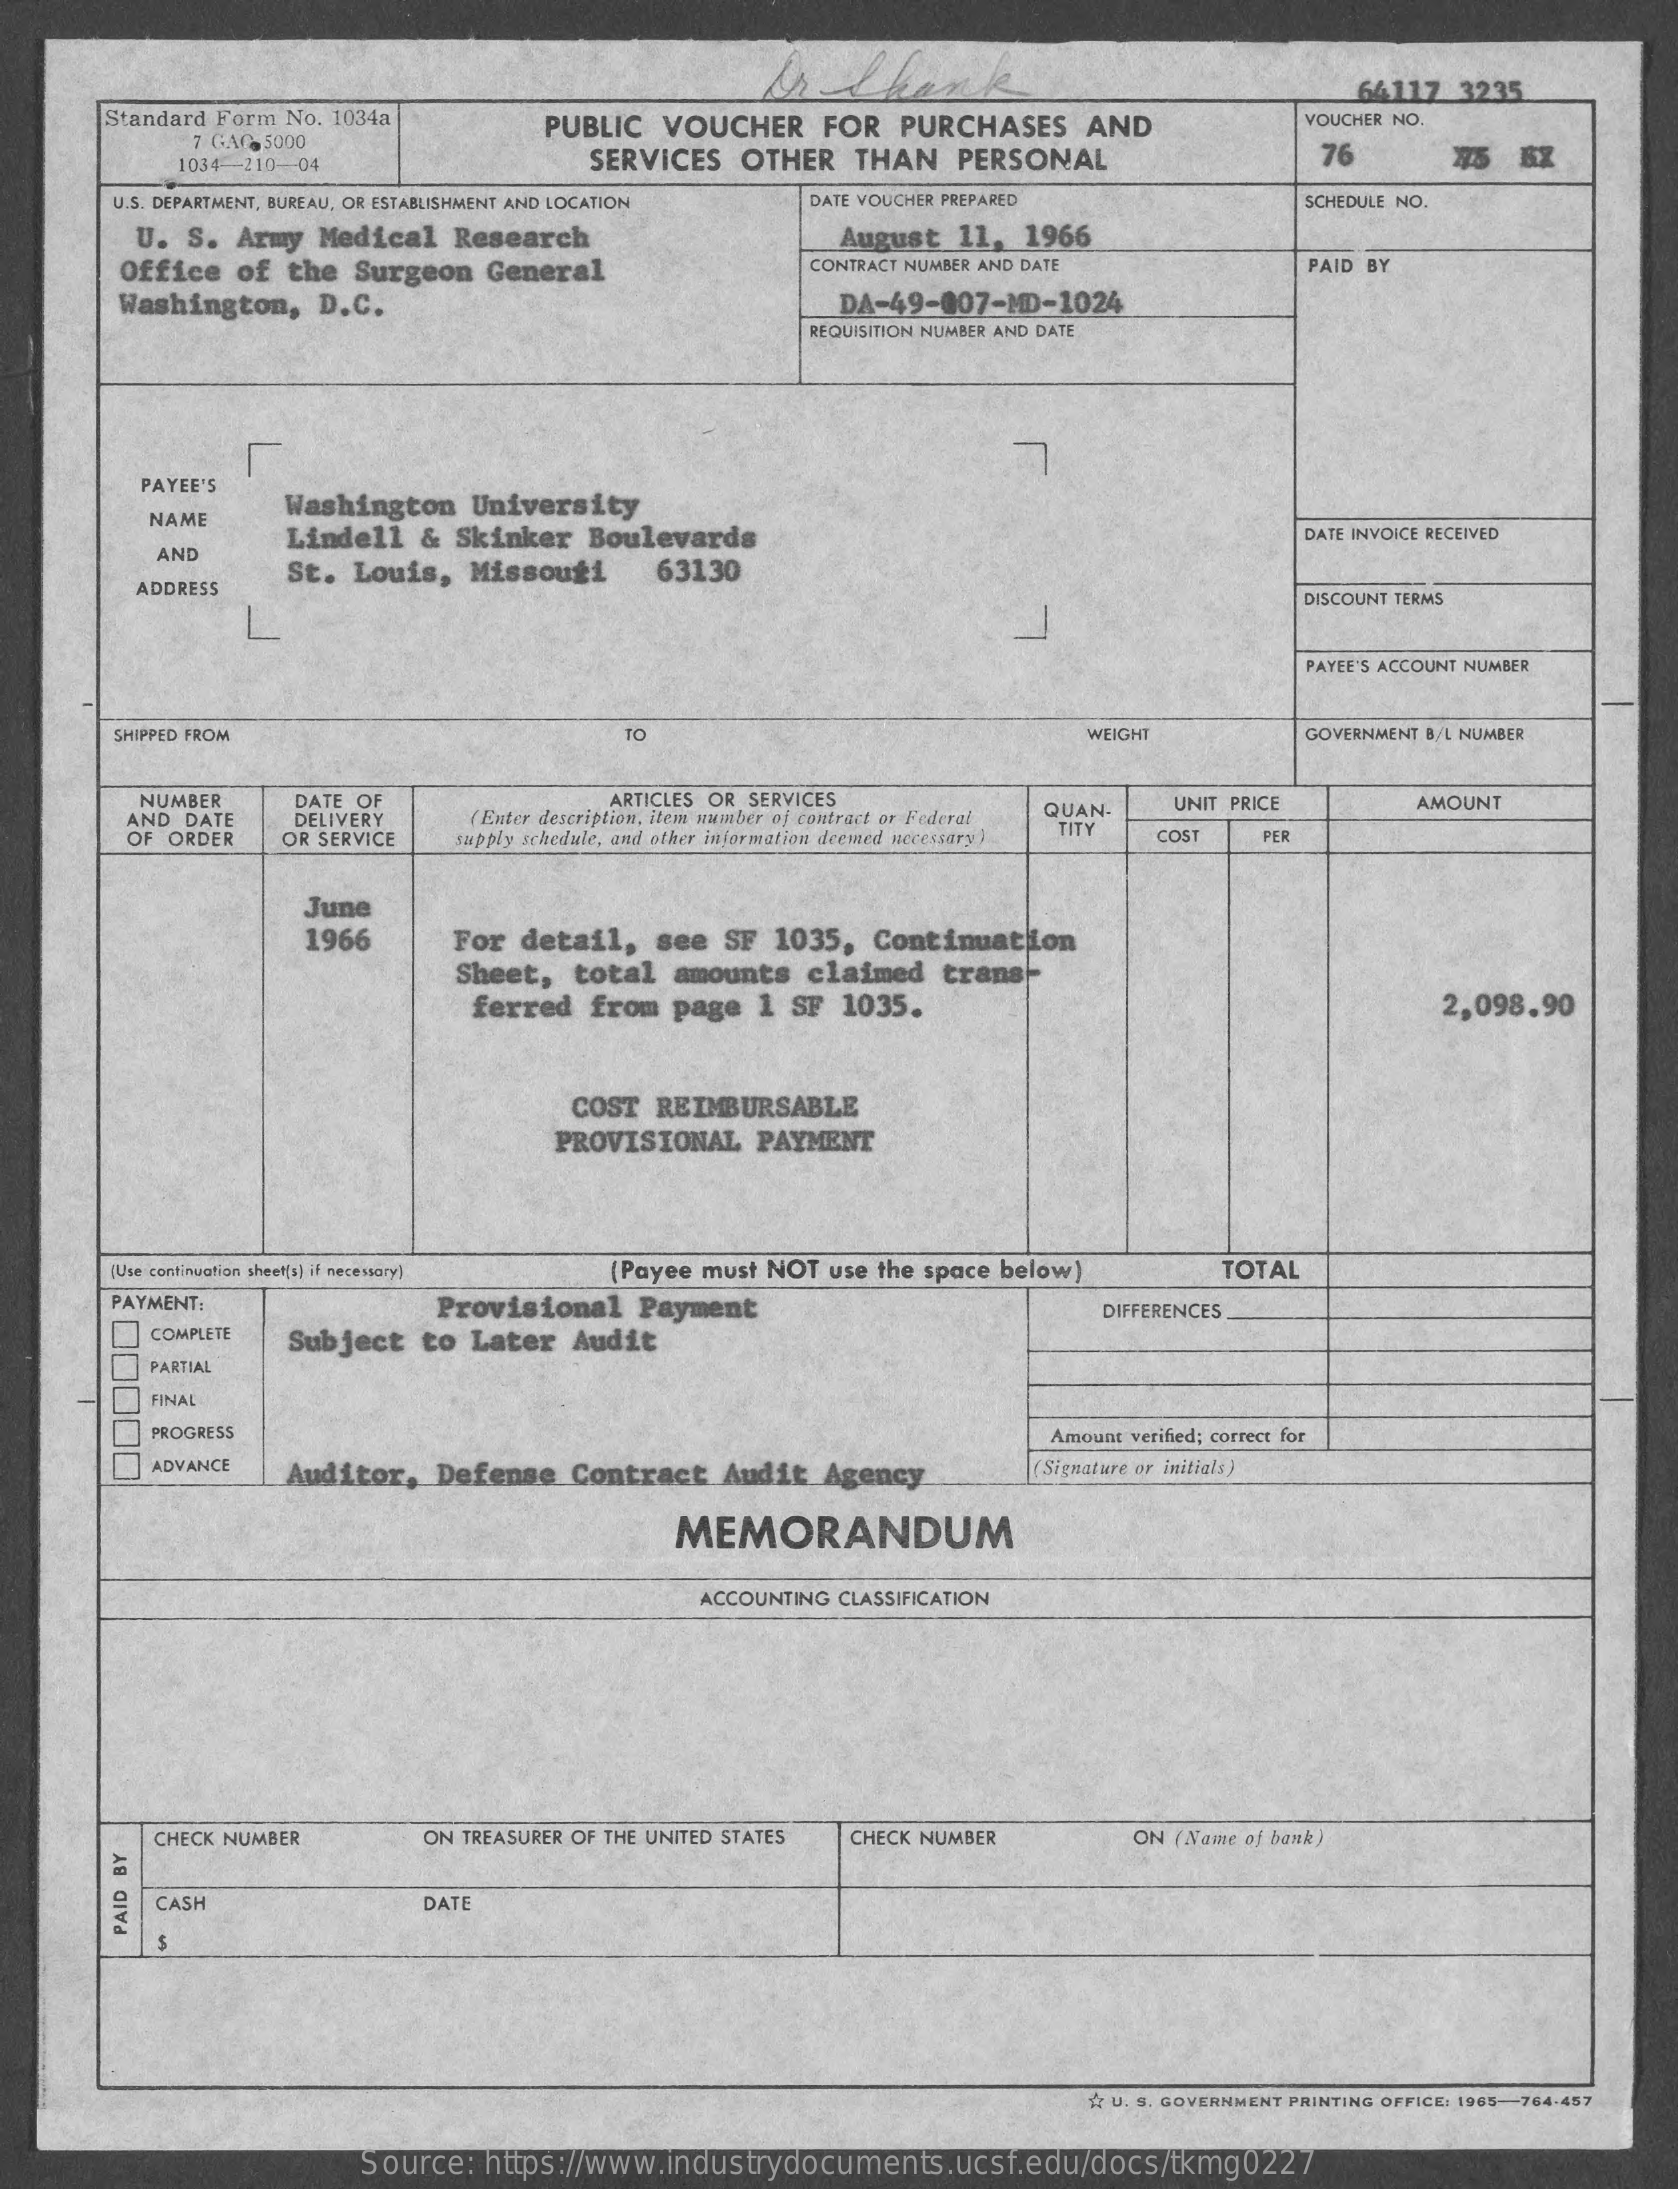
64117 3235
     Standard Form No. 1034a  PUBLIC VOUCHER   FOR PURCHASES  AND    VOUCHER NO.
     7 GAG 5000
     1034-210-04    SERVICES OTHER  THAN  PERSONAL    76
     U.S. DEPARTMENT, BUREAU, OR ESTABLISHMENT AND LOCATION DATE VOUCHER PREPARED SCHEDULE NO.
     U. S. Army Medical Research
     Office of the Surgeon General
     August 11, 1966
     CONTRACT NUMBER AND DATE    PAID BY
     Washington, D.C.    DA-49-007-MD-1024
     REQUISITION NUMBER AND DATE
     PAYEE'S
     Washington University
     NAME
     Lindell & Skinker Boulevards    DATE INVOICE RECEIVED
     AND
     St. Louis, Missouri   63130
     ADDRESS
     DISCOUNT TERMS
     PAYEE'S ACCOUNT NUMBER
     SHIPPED FROM    TO    WEIGHT    GOVERNMENT B/L NUMBER
     NUMBER   DATE OF
     DELIVERY
     ARTICLES OR SERVICES
     AND DATE    ( Enter description, item number of contract or Federal QUAN- UNIT PRICE AMOUNT
     OF ORDER OR SERVICE supply schedule, and other information deemed necessary) TITY COST PER
     June
     1966    For detail, see SF 1035, Continuation
     Sheet, total amounts claimed trans --
     ferred from page 1 SF 1035.    2,098.90
     COST REIMBURSABLE
     PROVISIONAL PAYMENT
     [Use continuation sheet[s) if necessary] (Payee must NOT use the space below] TOTAL
     PAYMENT:    Provisional Payment    DIFFERENCES
     COMPLETE Subject to Later Audit
     PARTIAL
     FINAL
     PROGRESS    Amount verified; correct for
     ADVANCE
     Auditor, Defense Contract Audit Agency    Signature or initials)
     MEMORANDUM
     ACCOUNTING CLASSIFICATION
     CHECK NUMBER   ON TREASURER OF THE UNITED STATES CHECK NUMBER ON ( Name of bank)
     CASH    DATE
     PAID
     BY
     A U. S. GOVERNMENT PRINTING OFFICE: 1965-764-457
     Source: https://www.industrydocuments.ucsf.edu/docs/tkmg0227